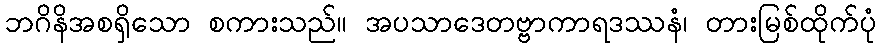
ဘဂိနိအစရှိသော စကားသည်။ အပသာဒေတဗ္ဗာကာရဒဿနံ၊ တားမြစ်ထိုက်ပုံ